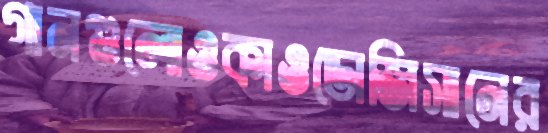
গানগুলোওকাওডোজিসানের